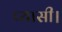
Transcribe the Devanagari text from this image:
प्यासी।